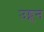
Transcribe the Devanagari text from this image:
उड्वुन